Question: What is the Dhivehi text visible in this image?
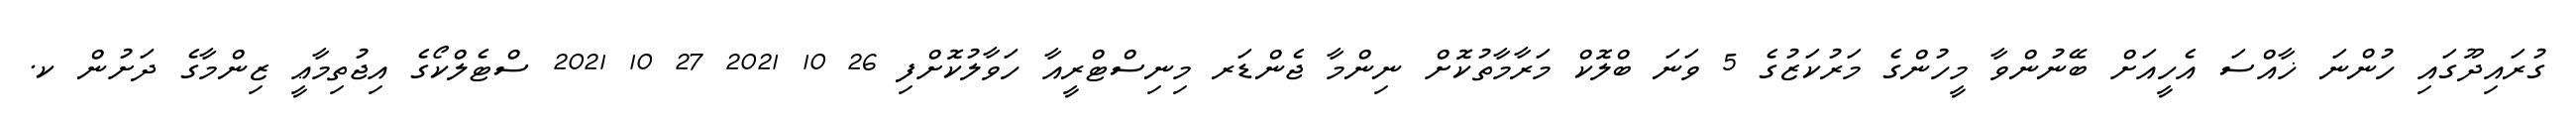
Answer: ގުރައިދޫގައި ހުންނަ ޚާއްސަ އެހީއަށް ބޭނުންވާ މީހުންގެ މަރުކަޒުގެ 5 ވަނަ ބްލޮކް މަރާމާތުކޮށް ނިންމާ ޖެންޑަރ މިނިސްޓްރީއާ ހަވާލުކޮށްފި 26 10 2021 27 10 2021 ސްޓެލްކޯގެ އިޖުތިމާޢީ ޒިންމާގެ ދަށުން ކ.